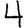
Digit: 4